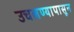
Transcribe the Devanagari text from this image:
उचलण्यापासून